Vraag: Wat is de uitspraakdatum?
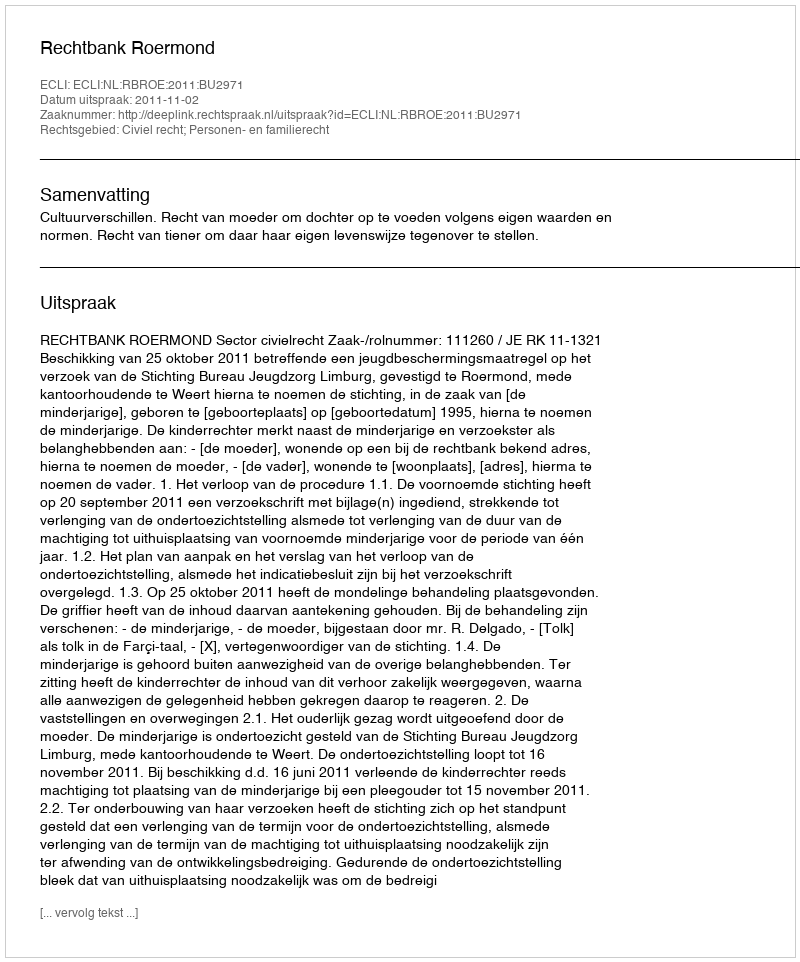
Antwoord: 2011-11-02